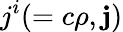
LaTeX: j^{i}(=c\rho,\textbf{j})